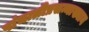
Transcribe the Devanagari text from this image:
पांचालीप्रसन्नाख्यान